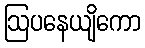
ဩပနေယျိကော